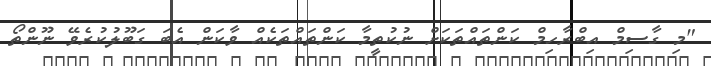
"މި ގާސިމް އިބްރާހިމް ކަންތައްތަކަށް ނުކުތީމާ ކަންތައްތަކެއް ވާކަން އެބަ ގަބޫލުކުރެވޭ ނޫންތޯ